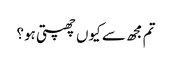
تم مجھ سے کیوں چھپتی ہو؟